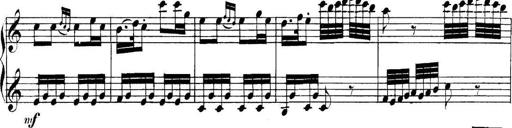
Title: Collected Piano Sonatas
Composer: Muzio Clementi